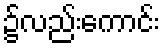
၌လည်းကောင်း